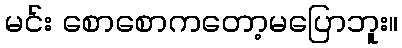
မင်း စောစောကတော့မပြောဘူး။